Vabadussoja_Ajaloo_Komitee, lk 6
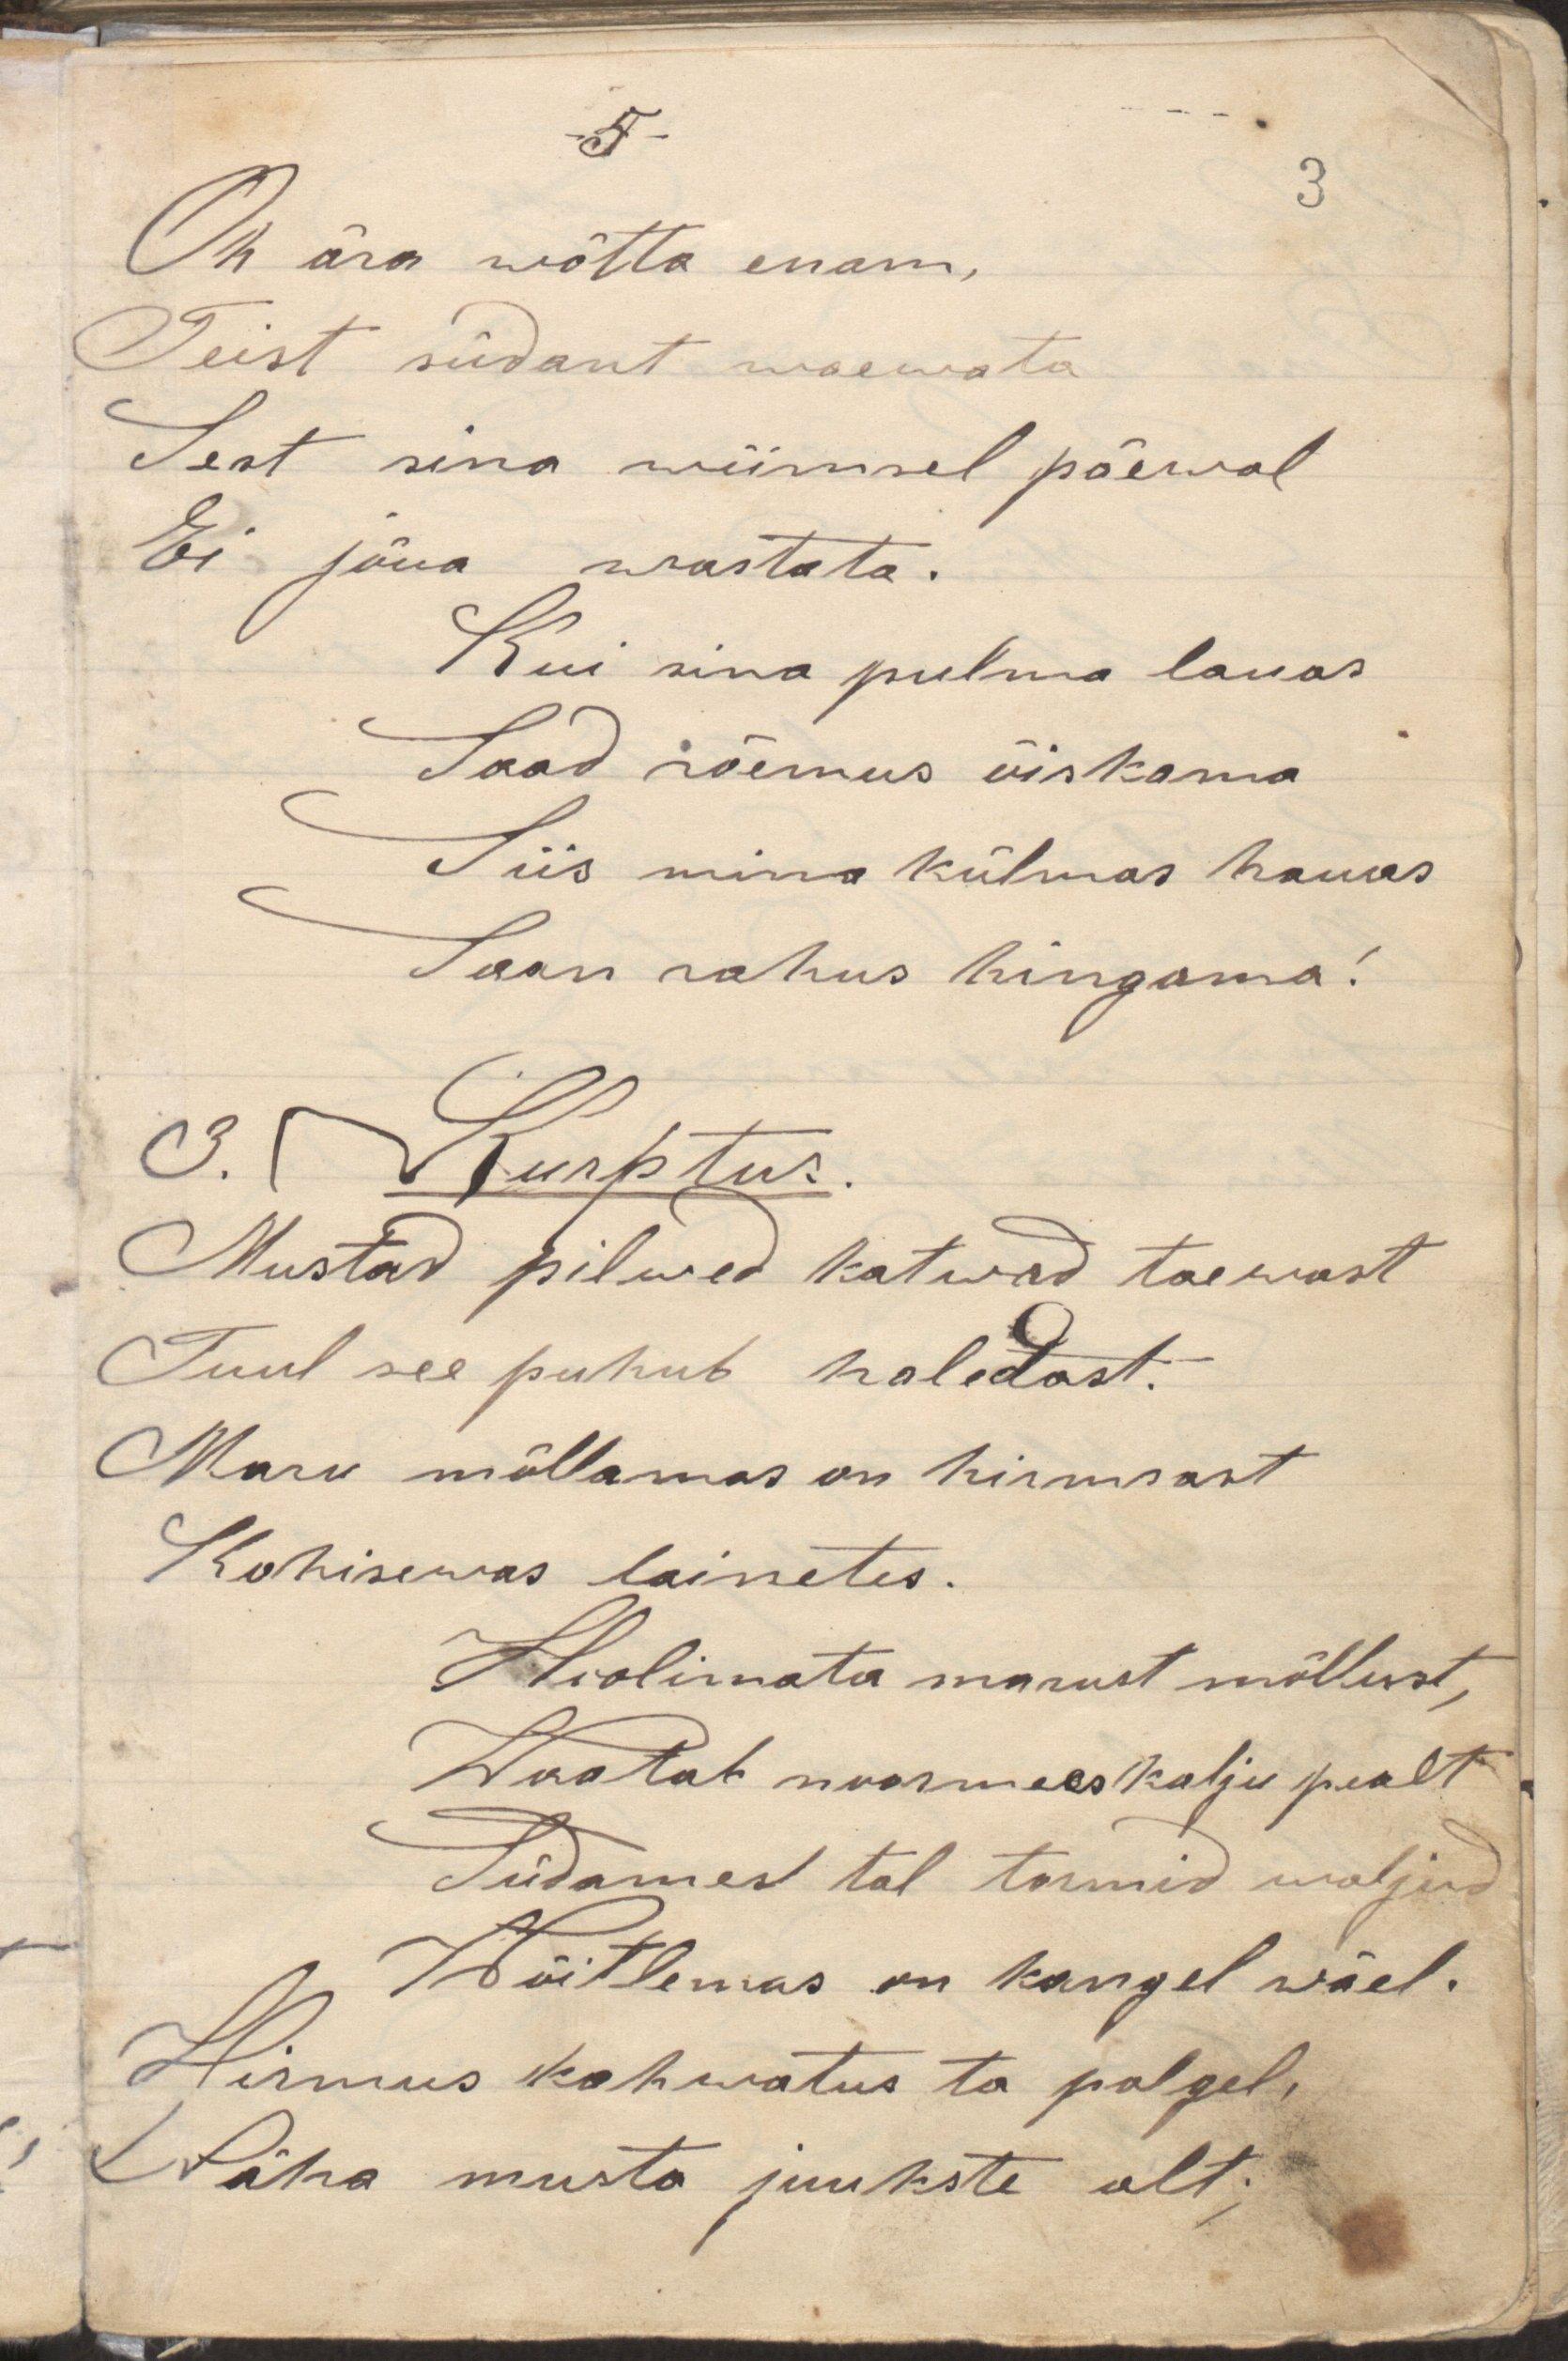
Oh ära wõtta enam,
Teist südant waewata
Sest sina wiimsel päewal
Ei jõua wastata.
Kui sina pulma lauas
Saad rõemus õiskama
Siis mina külmas hauas
Saan rahus hingama!
3. Kurptus.
Mustad pilwed katwad taewast
Tuul see puhub haledast.
Maru möllamas on hirmsast
Kohisewas lainetes.
Hoolimata marust möllust,
Waatab noormees kalju pealt
Südames tal tormid waljud
Wõitlemas on kangel wäel.
Hirmus kahwatus ta palgel,
Wiha musta juukste alt;